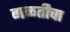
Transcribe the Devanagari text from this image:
गळतीचा